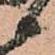
候